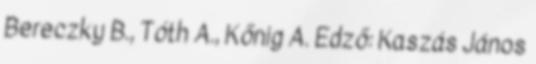
Bereczky B., Tóth A., Kőnig A. Edző: Kaszás János